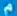
m